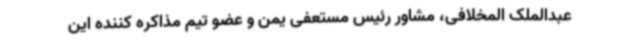
عبدالملک المخلافی، مشاور رئیس مستعفی یمن و عضو تیم مذاکره کننده این